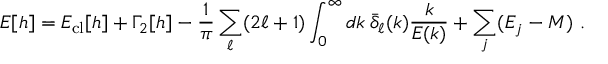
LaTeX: { \cal E } [ h ] = { \cal E } _ { \mathrm { c l } } [ h ] + \Gamma _ { 2 } [ h ] - \frac { 1 } { \pi } \sum _ { \ell } ( 2 \ell + 1 ) \int _ { 0 } ^ { \infty } d k \: \bar { \delta } _ { \ell } ( k ) \frac { k } { E ( k ) } + \sum _ { j } ( E _ { j } - M ) \ .